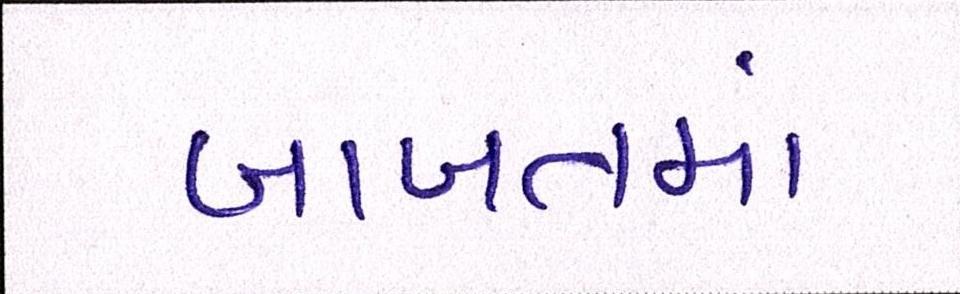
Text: બાબતમાં